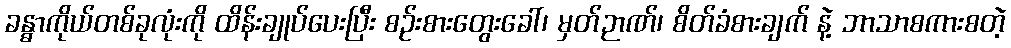
ခန္ဓာကိုယ်တစ်ခုလုံးကို ထိန်းချုပ်ပေးပြီး စဉ်းစားတွေးခေါ်၊ မှတ်ဉာဏ်၊ စိတ်ခံစားချက် နဲ့ ဘာသာစကားစတဲ့